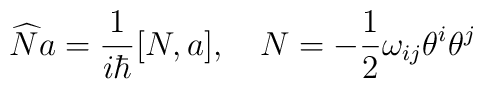
\widehat{N}a=\frac 1{i\hbar }[N,a],\quad N=-\frac 12\omega _{ij}\theta^i\theta ^j